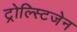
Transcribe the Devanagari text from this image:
ट्रोल्स्टिजेन